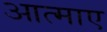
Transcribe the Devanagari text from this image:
आत्माए